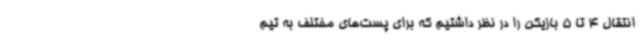
انتقال 4 تا 5 بازیکن را در نظر داشتیم که برای پست‌های مختلف به تیم